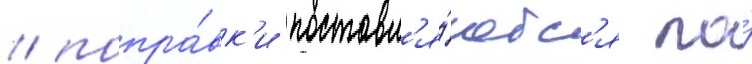
/ попра́вк'и поставл'я́ютс'я по́